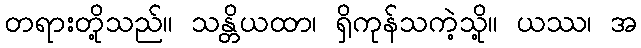
တရားတို့သည်။ သန္တိယထာ၊ ရှိကုန်သကဲ့သို့။ ယဿ၊ အ